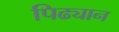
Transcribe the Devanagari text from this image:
पिढ्यान